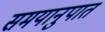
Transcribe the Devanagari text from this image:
समयानुपात